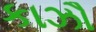
કાઝૌ